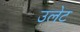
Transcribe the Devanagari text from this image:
उलेट